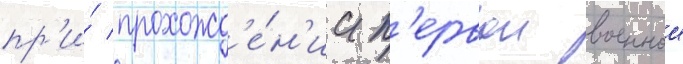
пр'и́ прохожд'е́н'ии п'ервои военнои